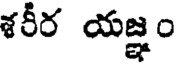
శరీర యజ్ఞం